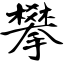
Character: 攀